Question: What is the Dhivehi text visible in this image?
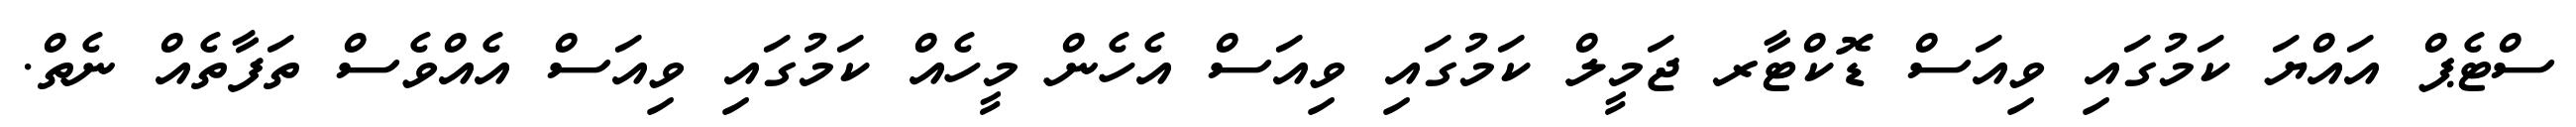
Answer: ސްޓެޕް އައްޔަ ކަމުގައި ވިއަސް ޑޮކްޓާރ ޖަމީލް ކަމުގައި ވިއަސް އެހެން މީހެއް ކަމުގައި ވިއަސް އެއްވެސް ތަފާތެއް ނެތް.